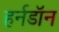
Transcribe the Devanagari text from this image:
हर्नडॉन